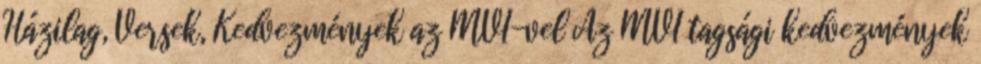
Házilag, Versek, Kedvezmények az MVI-vel Az MVI tagsági kedvezmények